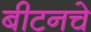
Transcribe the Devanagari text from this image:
बीटनचे